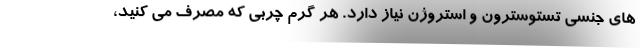
های جنسی تستوسترون و استروژن نیاز دارد. هر گرم چربی که مصرف می کنید،